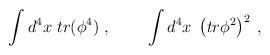
LaTeX: \begin{align*}\int d^4x\;tr(\phi ^4)\;,\;\;\;\;\;\;\;\;\int d^4x\;\left( tr\phi ^2\right)^{2\;}, \end{align*}